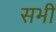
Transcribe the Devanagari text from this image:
सभीं